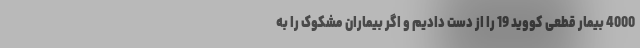
4000 بیمار قطعی کووید 19 را از دست دادیم و اگر بیماران مشکوک را به